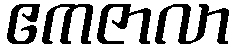
ဧကဇာလာ